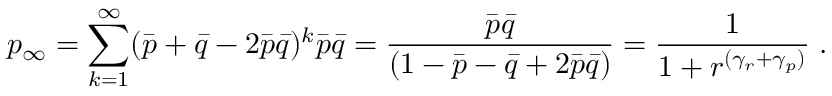
p _ { \infty } = \sum _ { k = 1 } ^ { \infty } ( \bar { p } + \bar { q } - 2 \bar { p } \bar { q } ) ^ { k } \bar { p } \bar { q } = \frac { \bar { p } \bar { q } } { ( 1 - \bar { p } - \bar { q } + 2 \bar { p } \bar { q } ) } = \frac { 1 } { 1 + r ^ { ( \gamma _ { r } + \gamma _ { p } ) } } \; .